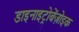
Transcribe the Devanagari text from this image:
डाइनाइट्रोबेंज़ोइक